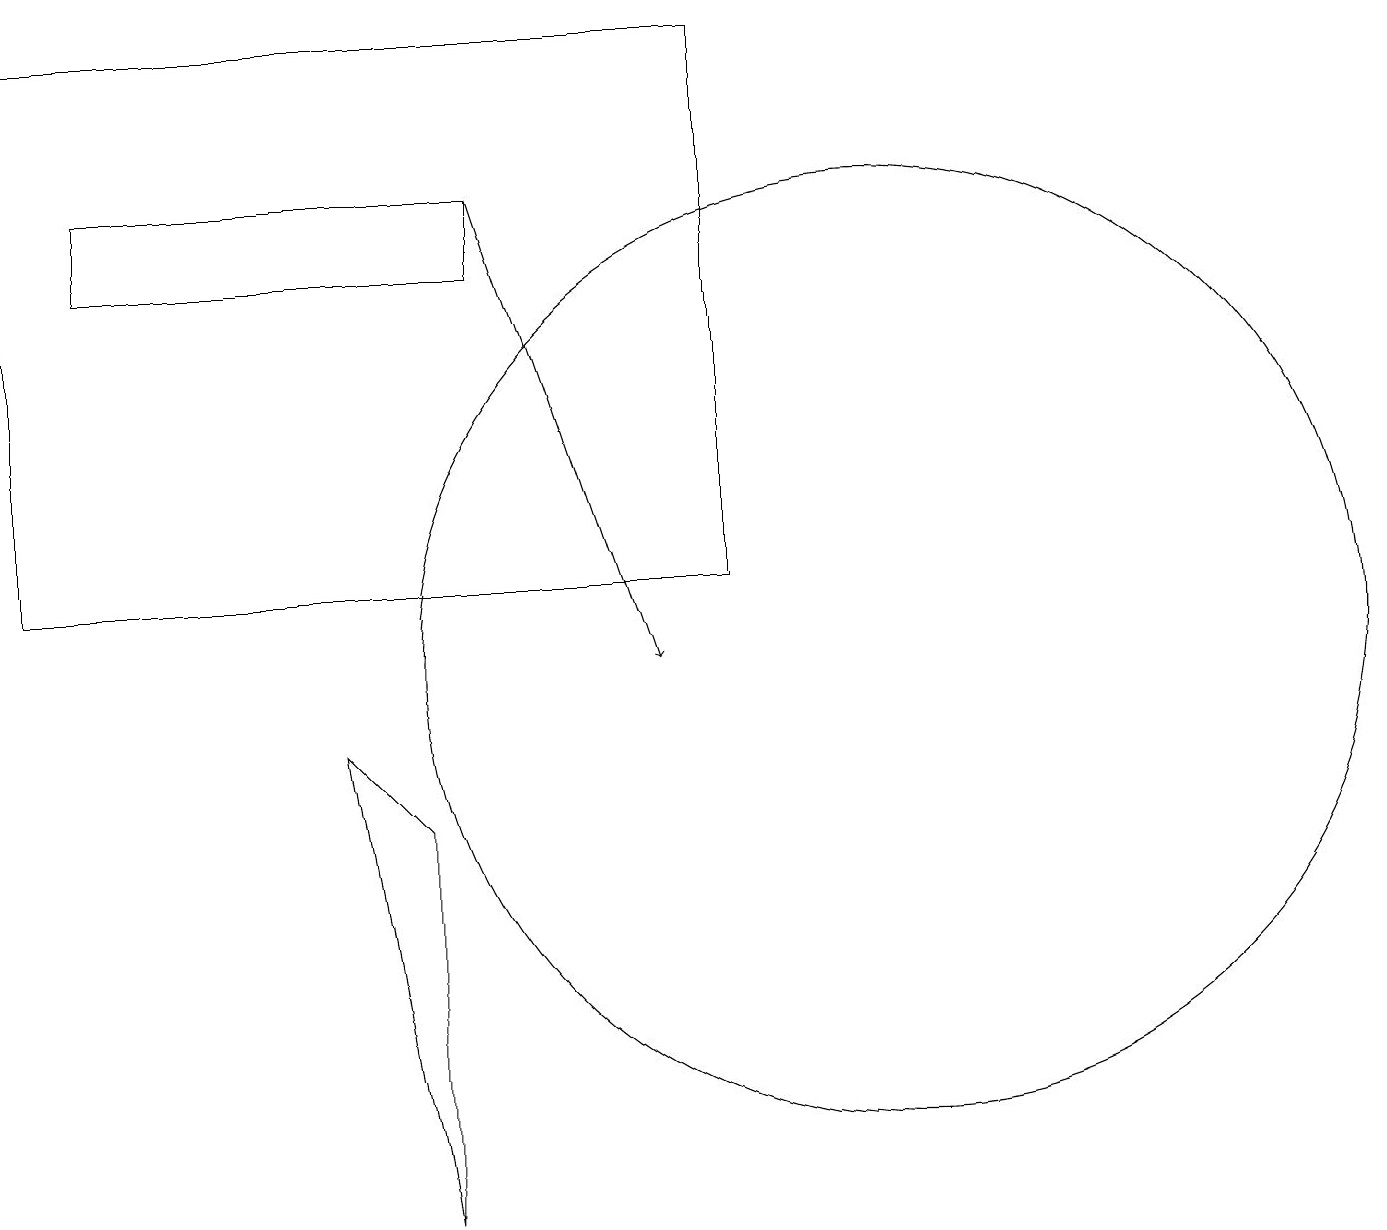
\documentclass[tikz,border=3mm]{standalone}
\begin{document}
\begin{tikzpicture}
\draw (11,10) circle (6);
\draw (6,15) rectangle (1,16);
\draw[->] (6,16) -- (8,10);
\draw (0,11) rectangle (9,18);
\draw (5,3) -- (5,8) -- (4,9) -- cycle;
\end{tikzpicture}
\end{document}